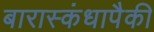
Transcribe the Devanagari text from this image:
बारास्कंधापैकी